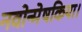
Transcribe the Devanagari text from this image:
नवोन्मेषकिया।